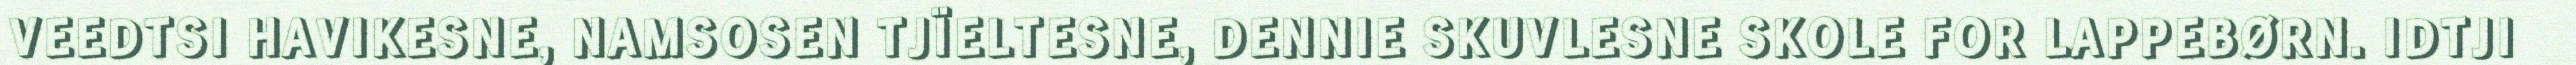
VEEDTSI HAVIKESNE, NAMSOSEN TJÏELTESNE, DENNIE SKUVLESNE SKOLE FOR LAPPEBØRN. IDTJI